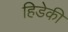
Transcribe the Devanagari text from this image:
हिडेकी